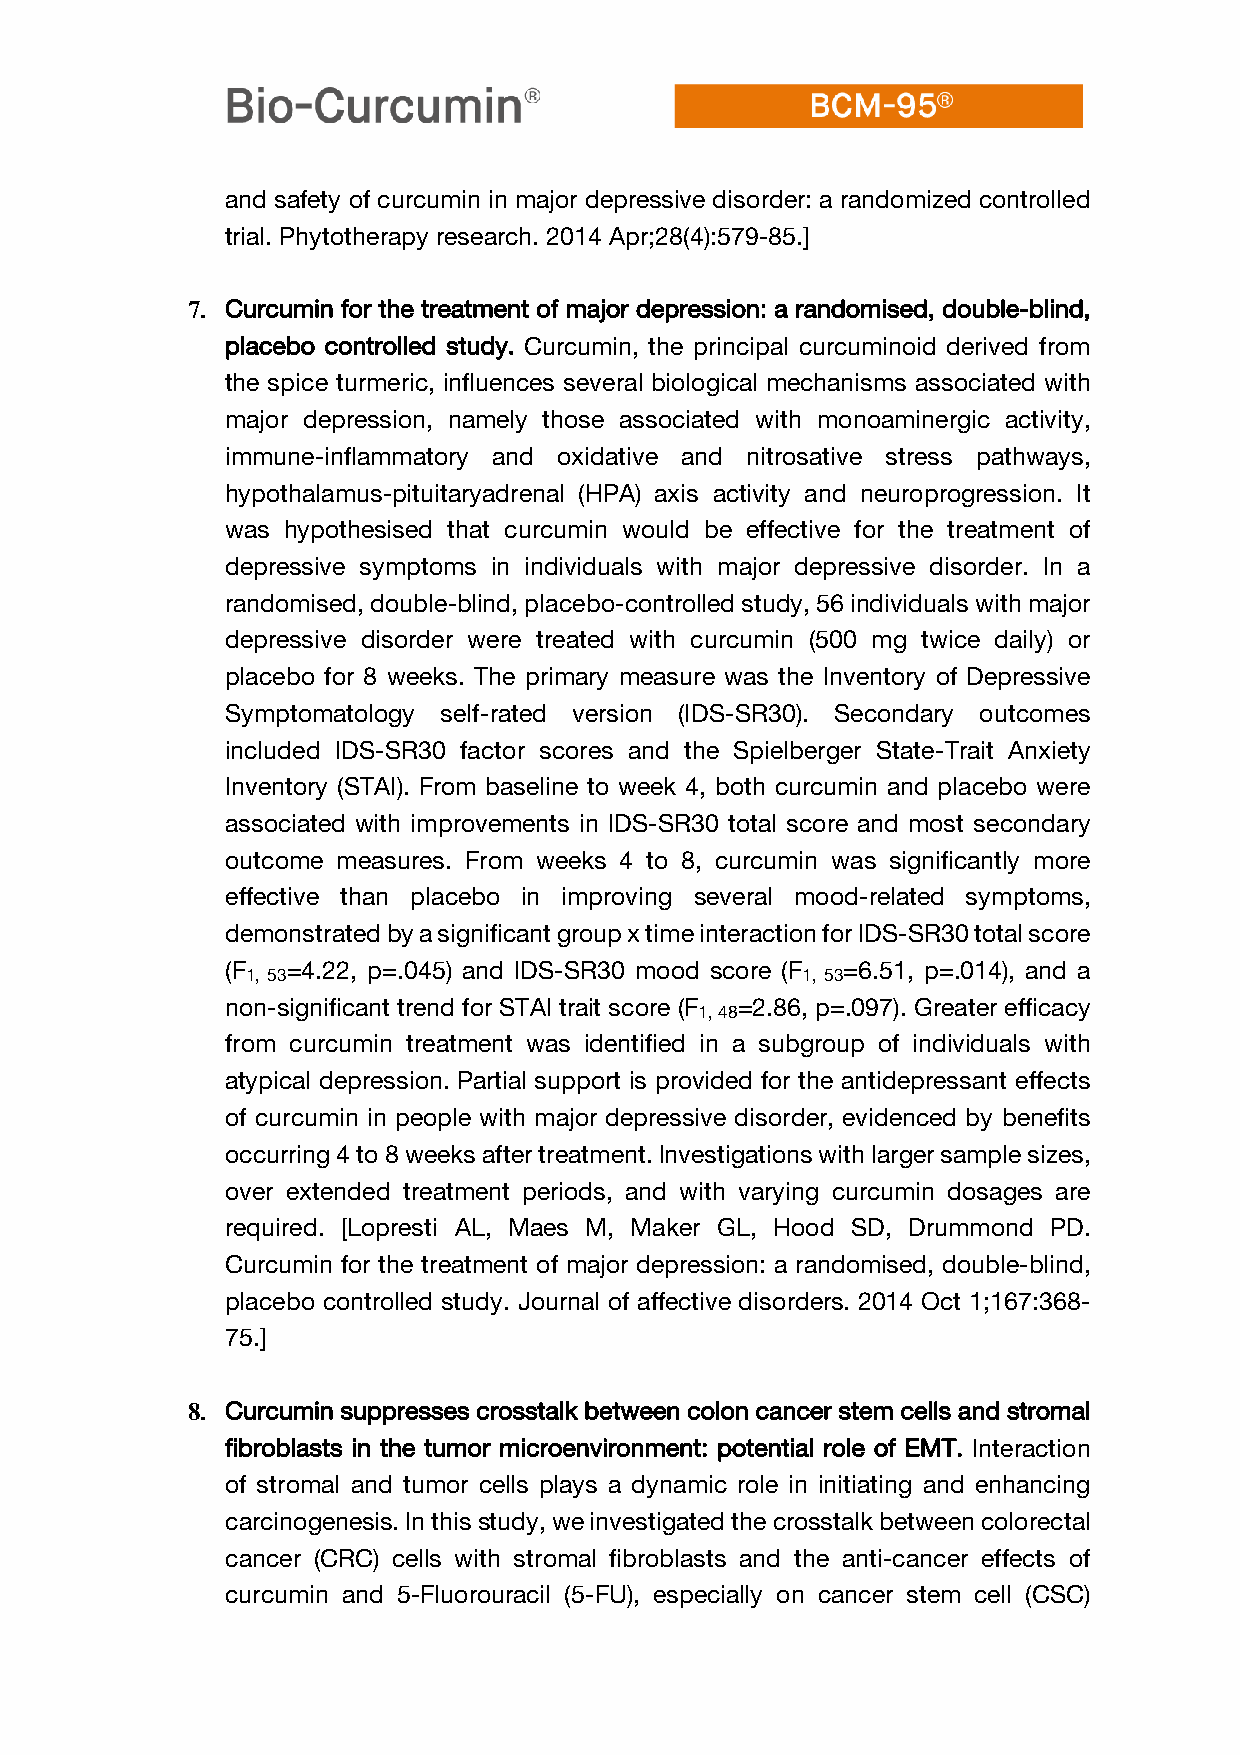
and safety of curcumin in major depressive disorder: a randomized controlled
 trial. Phytotherapy research. 2014 Apr;28(4):579-85.]
 7. Curcumin for the treatment of major depression: a randomised, double-blind,
 placebo controlled study. Curcumin, the principal curcuminoid derived from
 the spice turmeric, influences several biological mechanisms associated with
 major depression, namely those associated with monoaminergic activity,
 immune-inflammatory and oxidative and nitrosative stress pathways,
 hypothalamus-pituitaryadrenal (HPA) axis activity and neuroprogression. It
 was hypothesised that curcumin would be effective for the treatment of
 depressive symptoms in individuals with major depressive disorder. In a
 randomised, double-blind, placebo-controlled study, 56 individuals with major
 depressive disorder were treated with curcumin (500 mg twice daily) or
 placebo for 8 weeks. The primary measure was the Inventory of Depressive
 Symptomatology self-rated version (IDS-SR30). Secondary outcomes
 included IDS-SR30 factor scores and the Spielberger State-Trait Anxiety
 Inventory (STAI). From baseline to week 4, both curcumin and placebo were
 associated with improvements in IDS-SR30 total score and most secondary
 outcome measures. From weeks 4 to 8, curcumin was significantly more
 effective than placebo in improving several mood-related symptoms,
 demonstrated by a significant group x time interaction for IDS-SR30 total score
 (F  =4.22, p=.045) and IDS-SR30 mood score (F =6.51, p=.014), and a
 1, 53                                1, 53
 non-significant trend for STAI trait score (F =2.86, p=.097). Greater efficacy
 1, 48
 from curcumin treatment was identified in a subgroup of individuals with
 atypical depression. Partial support is provided for the antidepressant effects
 of curcumin in people with major depressive disorder, evidenced by benefits
 occurring 4 to 8 weeks after treatment. Investigations with larger sample sizes,
 over extended treatment periods, and with varying curcumin dosages are
 required. [Lopresti AL, Maes M, Maker GL, Hood SD, Drummond PD.
 Curcumin for the treatment of major depression: a randomised, double-blind,
 placebo controlled study. Journal of affective disorders. 2014 Oct 1;167:368-
 75.]
 8. Curcumin suppresses crosstalk between colon cancer stem cells and stromal
 fibroblasts in the tumor microenvironment: potential role of EMT. Interaction
 of stromal and tumor cells plays a dynamic role in initiating and enhancing
 carcinogenesis. In this study, we investigated the crosstalk between colorectal
 cancer (CRC) cells with stromal fibroblasts and the anti-cancer effects of
 curcumin and 5-Fluorouracil (5-FU), especially on cancer stem cell (CSC)